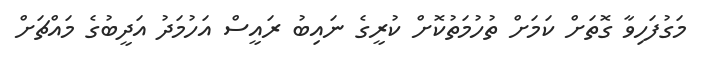
މަގުފަހިވާ ގޮތަށް ކަމަށް ތުހުމަތުކޮށް ކުރީގެ ނައިބު ރައީސް އަހުމަދު އަދީބުގެ މައްޗަށް